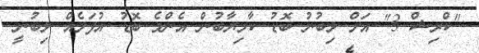
"ކްރިޝް 3" އަށް ލިބުނު ބޮޑު ކާމިޔާބުން އެންމެ ބޮޑު އުފަލެއް ލިބުނީ